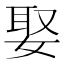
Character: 娶